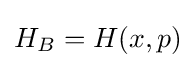
H_{B}=H(x,p)